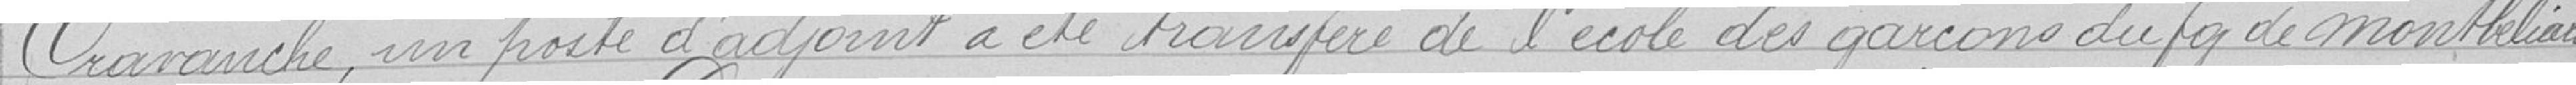
Cravanche, un poste d'adjoint a été transféré de l'école de garçons du faubourg de Montbéliard